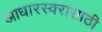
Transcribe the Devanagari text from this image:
आधारस्वरासाठी